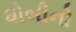
ધોબીનો